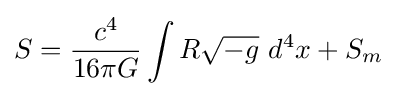
S={c^{4} \over 16\pi G}\int R{\sqrt {-g}}\ d^{4}x+S_{m}